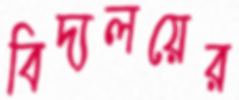
বিদ্যলয়ের